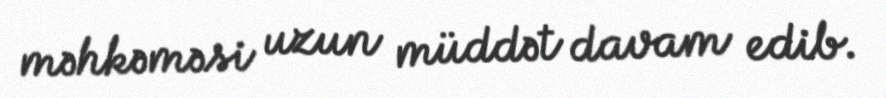
məhkəməsi uzun müddət davam edib.